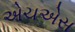
એચએસ